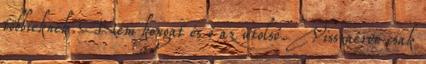
többieknek. Nem kongat és ő az utolsó. Visszaérve csak